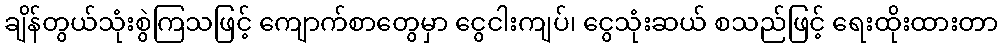
ချိန်တွယ်သုံးစွဲကြသဖြင့် ကျောက်စာတွေမှာ ငွေငါးကျပ်၊ ငွေသုံးဆယ် စသည်ဖြင့် ရေးထိုးထားတာ